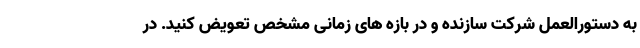
به دستورالعمل شرکت سازنده و در بازه های زمانی مشخص تعویض کنید. در